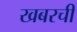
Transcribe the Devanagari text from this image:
खबरची